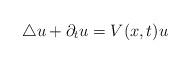
LaTeX: \begin{align*}\triangle u+\partial_t u=V(x,t) u\end{align*}